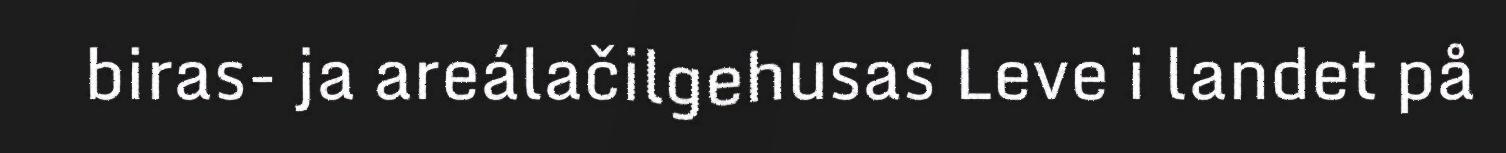
biras- ja areálačilgehusas Leve i landet på